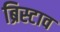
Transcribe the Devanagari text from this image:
ब्रिस्टाव